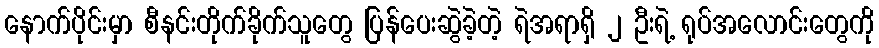
နောက်ပိုင်းမှာ စီနင်းတိုက်ခိုက်သူတွေ ပြန်ပေးဆွဲခဲ့တဲ့ ရဲအရာရှိ ၂ ဦးရဲ့ ရုပ်အလောင်းတွေကို